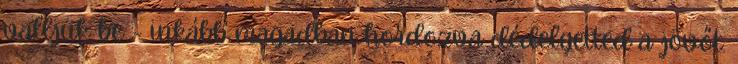
valljuk be - inkább magadban hordozva dédelgetted a jövőt.